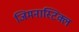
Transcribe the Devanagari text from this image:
जिमनास्टिक्ल